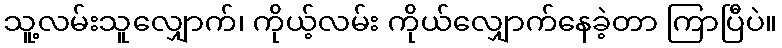
သူ့လမ်းသူလျှောက်၊ ကိုယ့်လမ်း ကိုယ်လျှောက်နေခဲ့တာ ကြာပြီပဲ။